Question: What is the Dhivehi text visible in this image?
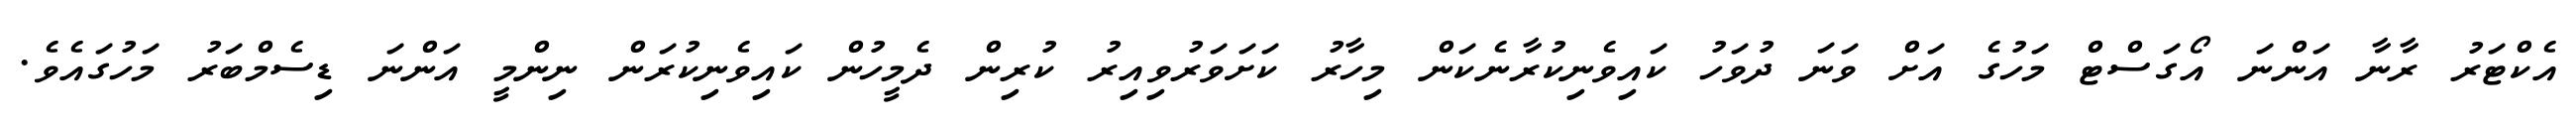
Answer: އެކްޓަރު ރާނާ އަންނަ އޯގަސްޓް މަހުގެ އަށް ވަނަ ދުވަހު ކައިވެނިކުރާނެކަން މިހާރު ކަށަވަރުވިއިރު ކުރިން ދެމީހުން ކައިވެނިކުރަން ނިންމީ އަންނަ ޑިސެމްބަރު މަހުގައެވެ.